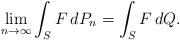
LaTeX: \begin{gather*}\lim_{n \to\infty} \int_{S} F \,dP_n= \int_{S} F \,dQ. \end{gather*}